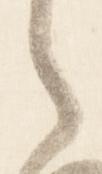
之